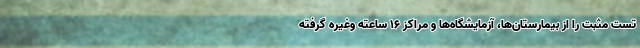
تست مثبت را از بیمارستان‌ها، آزمایشگاه‌ها و مراکز ۱۶ ساعته وغیره گرفته